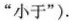
”小于”)。